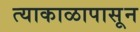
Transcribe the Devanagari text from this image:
त्याकाळापासून